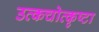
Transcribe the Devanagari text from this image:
उत्कचोत्कृष्टा